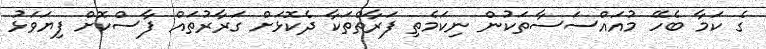
ގެ ކަމާ ބެހޭ މުއައްސަސާތަކުން ނިކަމެތި ފަރާތްތަކާ ދެކޮޅަށް ގަރާރުތައް ފާސްކޮށް ފިޔަވަޅު